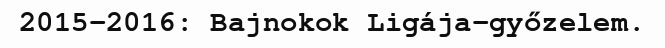
2015–2016: Bajnokok Ligája-győzelem.